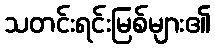
သတင်းရင်းမြစ်များ၏